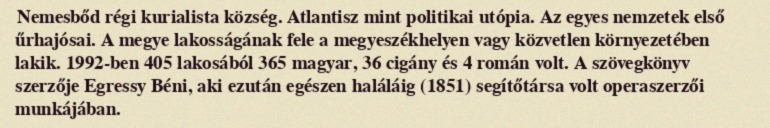
Nemesbőd régi kurialista község. Atlantisz mint politikai utópia. Az egyes nemzetek első űrhajósai. A megye lakosságának fele a megyeszékhelyen vagy közvetlen környezetében lakik. 1992-ben 405 lakosából 365 magyar, 36 cigány és 4 román volt. A szövegkönyv szerzője Egressy Béni, aki ezután egészen haláláig (1851) segítőtársa volt operaszerzői munkájában.